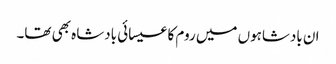
ان بادشاہوں میں روم کا عیسائی بادشاہ بھی تھا۔